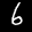
Label: 6